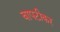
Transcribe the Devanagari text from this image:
बापटीकर